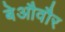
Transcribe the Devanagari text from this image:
बेऔवौर